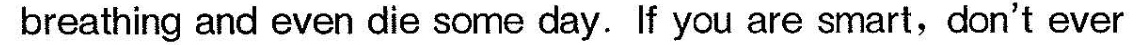
breathing and even die some day. If you are smart,don't ever